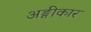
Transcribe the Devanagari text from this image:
अङ्गीकार